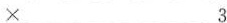
× 3